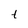
Character: t